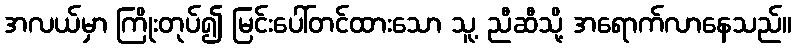
အလယ်မှာ ကြိုးတုပ်၍ မြင်းပေါ်တင်ထားသော သူ့ ညီဆီသို့ အရောက်လာနေသည်။